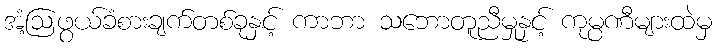
အံ့ဩဖွယ်ခံစားချက်တစ်ခုနှင့် ကာဘာ သဘောတူညီမှုနှင့် ကုမ္ပဏီများထဲမှ